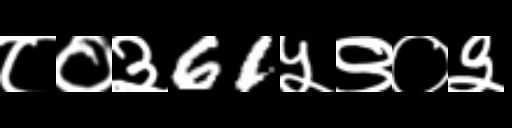
Text: ८०३61५९०३